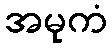
အမုကံ